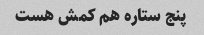
پنج ستاره هم کمش هست